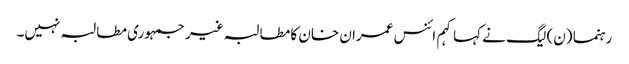
رہنما (ن) لیگ نے کہا کہم ائنس عمران خان کا مطالبہ غیر جمہوری مطالبہ نہیں۔